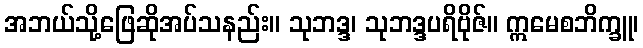
အဘယ်သို့ဖြေဆိုအပ်သနည်း။ သုဘဒ္ဒ၊ သုဘဒ္ဒပရိဗိုဇ်။ ဣမေစဘိက္ခူ၊